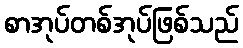
စာအုပ်တစ်အုပ်ဖြစ်သည်